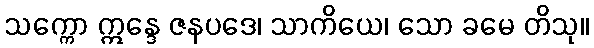
သက္ကော ဣန္ဒေ ဇနပဒေ၊ သာကိယေ၊ သော ခမေ တိသု။